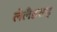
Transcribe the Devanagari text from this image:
लेलँडसह